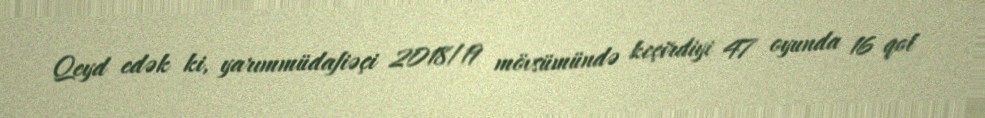
Qeyd edək ki, yarımmüdafiəçi 2018/19 mövsümündə keçirdiyi 47 oyunda 16 qol